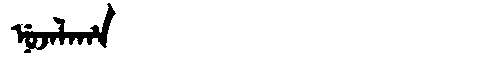
Manchu: ᠨᡠᠵᠠᠯᠠᡥᠠ
Romanization: NUJALAHA